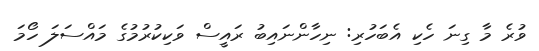
ވުރެ މާ ގިނަ ހެކި އެބަހުރި: ނިހާންނައިބު ރައީސް ވަކިކުރުމުގެ މައްސަލަ ހޯމަ